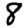
Digit: 8